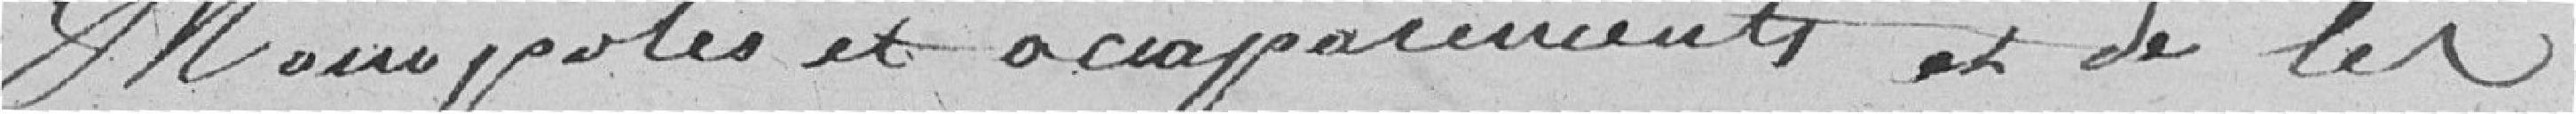
monopoles et